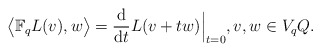
\begin{gather*} \bigl\langle \mathbb{F} _q L (v) , w \bigr\rangle = \frac{\mathrm{d}}{\mathrm{d}t} L ( v + t w ) \Bigr\rvert _{ t = 0 }, v, w \in V _q Q . \end{gather*}